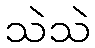
သဲသဲ